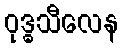
ဝုဒ္ဓသီလေန